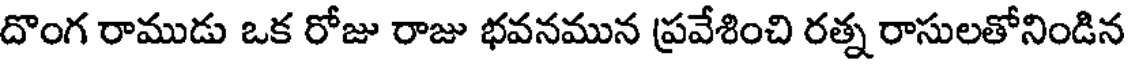
దొంగ రాముడు ఒక రోజు రాజు భవనమున ప్రవేశించి రత్న రాసులతోనిండిన